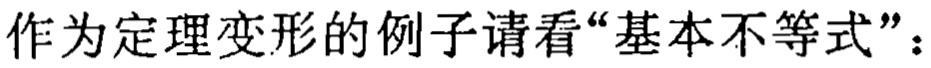
作为定理变形的例子请看“基本不等式”：